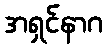
အရှင်နာဂ